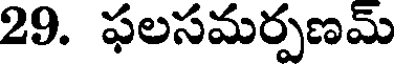
29. ఫలసమర్పణమ్